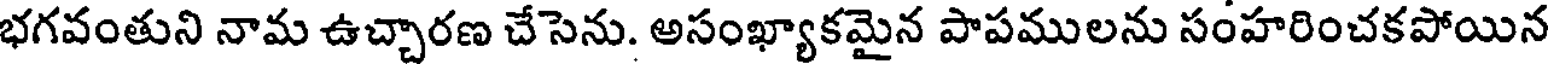
భగవంతుని నామ ఉచ్చారణ చేసెను. అసంఖ్యాకమైన పాపములను సంహరించకపోయిన